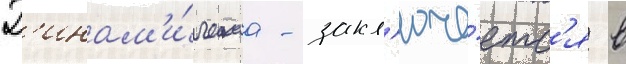
Д'инам'и́ческаа - закл'юча́етс'я в